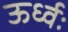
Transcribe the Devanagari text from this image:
ऊर्ध्वः